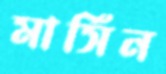
মার্সিন